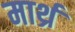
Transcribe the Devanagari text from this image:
मार्थ्र